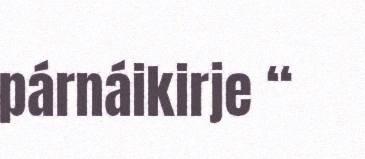
párnáikirje “